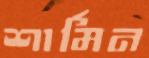
শার্মিন